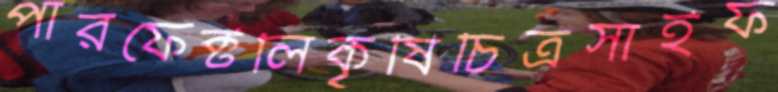
পারফেক্টলিকৃষিচিত্রসাইফ